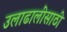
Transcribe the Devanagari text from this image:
उलाढालींसाठी